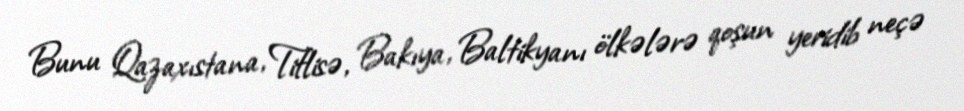
Bunu Qazaxıstana, Tiflisə, Bakıya, Baltikyanı ölkələrə qoşun yeridib neçə